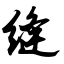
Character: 缝